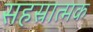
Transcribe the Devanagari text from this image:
सहस्रात्मक